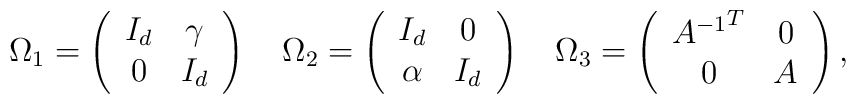
\Omega_1 = \left(\begin{array}{cc} I_d & \gamma \\                          0 & I_d \\\end{array}\right)  \quad\Omega_2 = \left(\begin{array}{cc} I_d & 0 \\                          \alpha & I_d \\\end{array}\right) \quad\Omega_3 = \left(\begin{array}{cc}  {A^{-1}}^T & 0 \\                                        0 & A \\\end{array}\right),